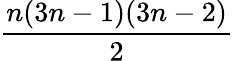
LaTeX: \frac{n(3n-1)(3n-2)}{2}